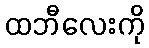
ထဘီလေးကို